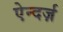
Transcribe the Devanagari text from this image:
ऐन्दर्ज़